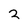
Character: 2